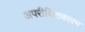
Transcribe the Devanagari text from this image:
अपरीक्षितकारम